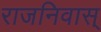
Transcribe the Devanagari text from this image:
राजनिवास्